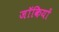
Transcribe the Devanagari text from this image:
जॉकियों